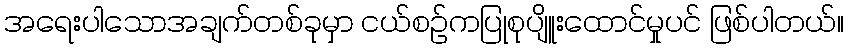
အရေးပါသောအချက်တစ်ခုမှာ ငယ်စဉ်ကပြုစုပျိူးထောင်မှုပင် ဖြစ်ပါတယ်။